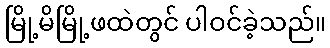
မြို့မိမြို့ဖထဲတွင် ပါဝင်ခဲ့သည်။